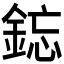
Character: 𫒥